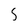
Character: 5